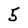
Character: 5